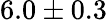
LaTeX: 6.0\pm 0.3